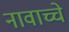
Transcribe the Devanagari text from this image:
नावाच्चे